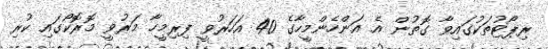
ރިޕޯޓުތަކުގައިވާ ގޮތުން އެ އަންހެންމީހާގެ 40 އަހަރުވީ ފިރިމީހާ މަރުވީ މޮރޮކޯގައި ކުރި